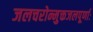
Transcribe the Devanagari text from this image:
जलचरोन्मुक्तजलपूर्णाः